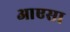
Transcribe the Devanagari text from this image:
आएसा